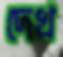
দেখ